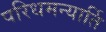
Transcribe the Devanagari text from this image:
परिधमन्यार्ति